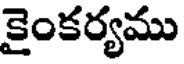
కైంకర్యము